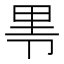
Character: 𰆐